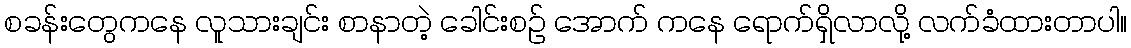
စခန်းတွေကနေ လူသားချင်း စာနာတဲ့ ခေါင်းစဉ် အောက် ကနေ ရောက်ရှိလာလို့ လက်ခံထားတာပါ။